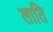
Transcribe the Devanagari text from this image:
लाति